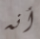
أنه